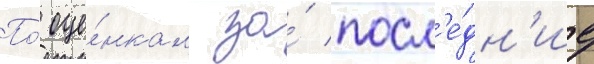
По́ оце́нкам за́ посл'е́дн'ие